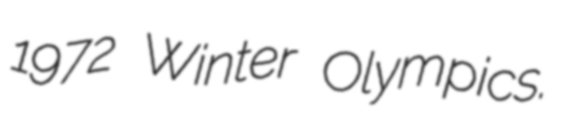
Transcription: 1972 Winter Olympics.